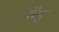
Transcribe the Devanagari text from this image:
सैदू